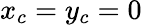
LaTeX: x_{c}=y_{c}=0